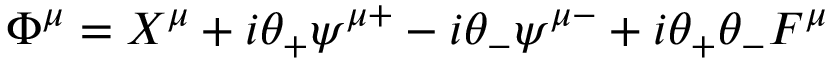
\Phi ^ { \mu } = X ^ { \mu } + i \theta _ { + } \psi ^ { \mu + } - i \theta _ { - } \psi ^ { \mu - } + i \theta _ { + } \theta _ { - } F ^ { \mu }